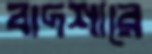
বাদশারে